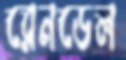
রেনডেল